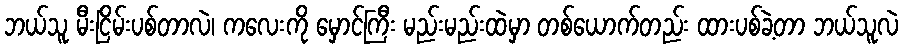
ဘယ်သူ မီးငြိမ်းပစ်တာလဲ၊ ကလေးကို မှောင်ကြီး မည်းမည်းထဲမှာ တစ်ယောက်တည်း ထားပစ်ခဲ့တာ ဘယ်သူလဲ